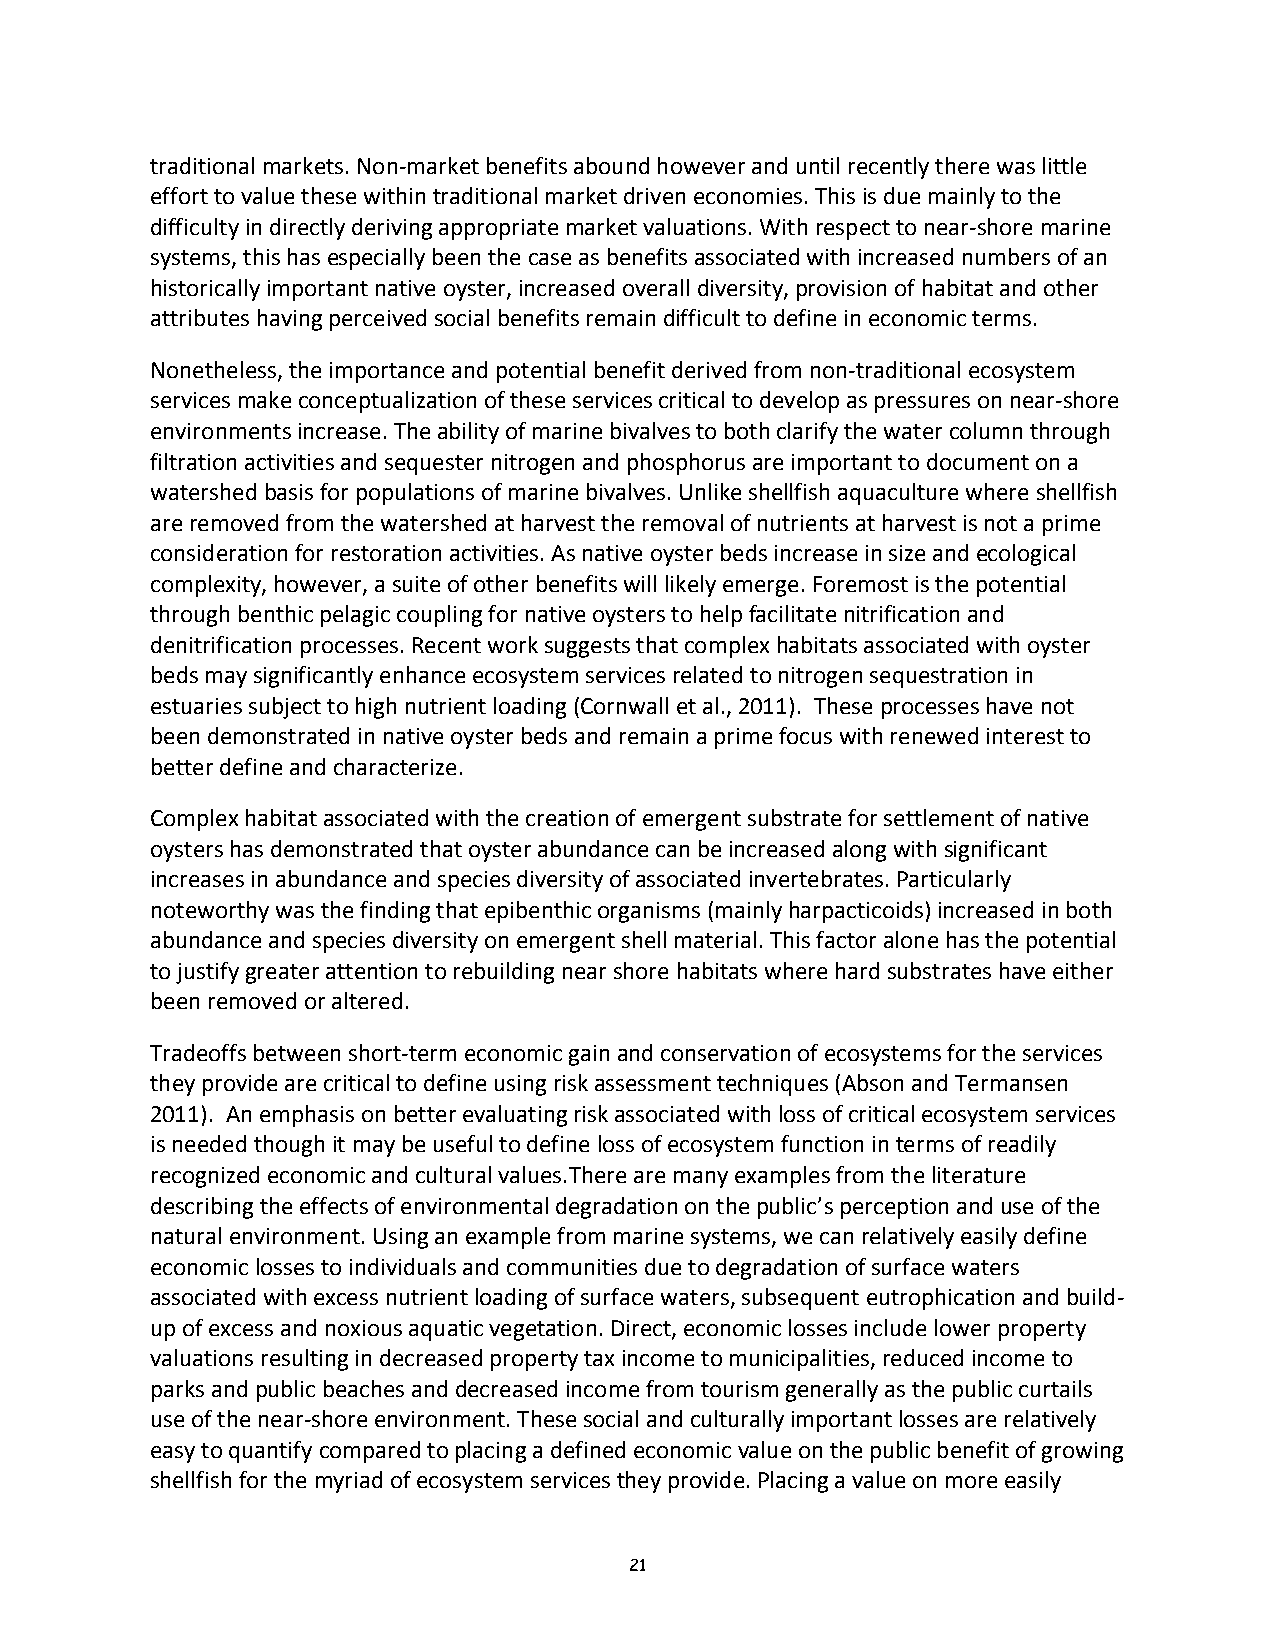
traditional markets. Non‐market benefits abound however and until recently there was little
 effort to value these within traditional market driven economies. This is due mainly to the
 difficulty in directly deriving appropriate market valuations. With respect to near‐shore marine
 systems, this has especially been the case as benefits associated with increased numbers of an
 historically important native oyster, increased overall diversity, provision of habitat and other
 attributes having perceived social benefits remain difficult to define in economic terms.
 Nonetheless, the importance and potential benefit derived from non‐traditional ecosystem
 services make conceptualization of these services critical to develop as pressures on near‐shore
 environments increase. The ability of marine bivalves to both clarify the water column through
 filtration activities and sequester nitrogen and phosphorus are important to document on a
 watershed basis for populations of marine bivalves. Unlike shellfish aquaculture where shellfish
 are removed from the watershed at harvest the removal of nutrients at harvest is not a prime
 consideration for restoration activities. As native oyster beds increase in size and ecological
 complexity, however, a suite of other benefits will likely emerge. Foremost is the potential
 through benthic pelagic coupling for native oysters to help facilitate nitrification and
 denitrification processes. Recent work suggests that complex habitats associated with oyster
 beds may significantly enhance ecosystem services related to nitrogen sequestration in
 estuaries subject to high nutrient loading (Cornwall et al., 2011). These processes have not
 been demonstrated in native oyster beds and remain a prime focus with renewed interest to
 better define and characterize.
 Complex habitat associated with the creation of emergent substrate for settlement of native
 oysters has demonstrated that oyster abundance can be increased along with significant
 increases in abundance and species diversity of associated invertebrates. Particularly
 noteworthy was the finding that epibenthic organisms (mainly harpacticoids) increased in both
 abundance and species diversity on emergent shell material. This factor alone has the potential
 to justify greater attention to rebuilding near shore habitats where hard substrates have either
 been removed or altered.
 Tradeoffs between short‐term economic gain and conservation of ecosystems for the services
 they provide are critical to define using risk assessment techniques (Abson and Termansen
 2011). An emphasis on better evaluating risk associated with loss of critical ecosystem services
 is needed though it may be useful to define loss of ecosystem function in terms of readily
 recognized economic and cultural values.There are many examples from the literature
 describing the effects of environmental degradation on the public’s perception and use of the
 natural environment. Using an example from marine systems, we can relatively easily define
 economic losses to individuals and communities due to degradation of surface waters
 associated with excess nutrient loading of surface waters, subsequent eutrophication and build‐
 up of excess and noxious aquatic vegetation. Direct, economic losses include lower property
 valuations resulting in decreased property tax income to municipalities, reduced income to
 parks and public beaches and decreased income from tourism generally as the public curtails
 use of the near‐shore environment. These social and culturally important losses are relatively
 easy to quantify compared to placing a defined economic value on the public benefit of growing
 shellfish for the myriad of ecosystem services they provide. Placing a value on more easily
 21